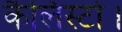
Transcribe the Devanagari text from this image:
कैलिस्टो।